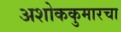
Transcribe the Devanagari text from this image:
अशोककुमारचा